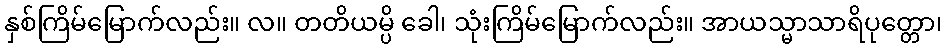
နှစ်ကြိမ်မြောက်လည်း။ လ။ တတိယမ္ပိ ခေါ၊ သုံးကြိမ်မြောက်လည်း။ အာယသ္မာသာရိပုတ္တော၊